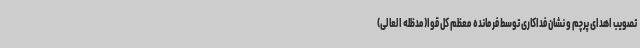
تصویب اهدای پرچم و نشان فداکاری توسط فرمانده معظم کل قوا(مدظله العالی)